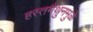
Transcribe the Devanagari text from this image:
हस्तमैथुनमुळे